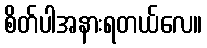
စိတ်ပါအနားရတယ်လေ။